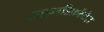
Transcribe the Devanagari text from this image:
साइनडिफ़रेंसेज़